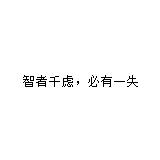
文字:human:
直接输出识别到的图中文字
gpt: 智者千虑，必有一失